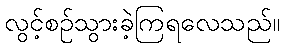
လွင့်စဉ်သွားခဲ့ကြရလေသည်။